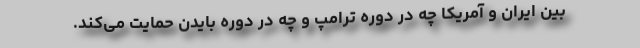
بین ایران و آمریکا چه در دوره ترامپ و چه در دوره بایدن حمایت می‌کند.